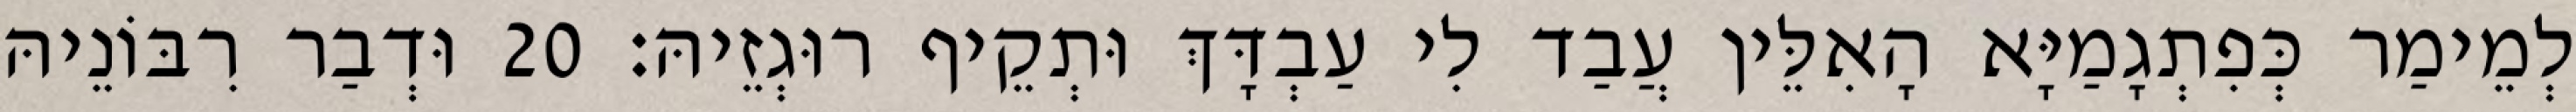
לְמֵימַר כְּפִתְגָמַיָּא הָאִלֵּין עֲבַד לִי עַבְדָּךְ וּתְקֵיף רוּגְזֵיהּ׃ 20 וּדְבַר רִבּוֹנֵיהּ